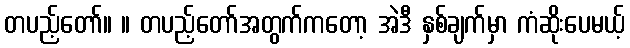
တပည့်တော်။ ။ တပည့်တော်အတွက်ကတော့ အဲဒီ နှစ်ချက်မှာ ကံဆိုးပေမယ့်